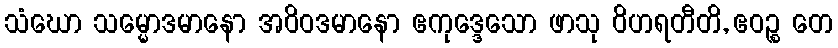
သံဃော သမ္မောဒမာနော အဝိဝဒမာနော ဧကုဒ္ဒေသော ဖာသု ဝိဟရတီတိ, ဧဝဉ္စ တေ